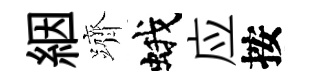
絪躋蛾应按